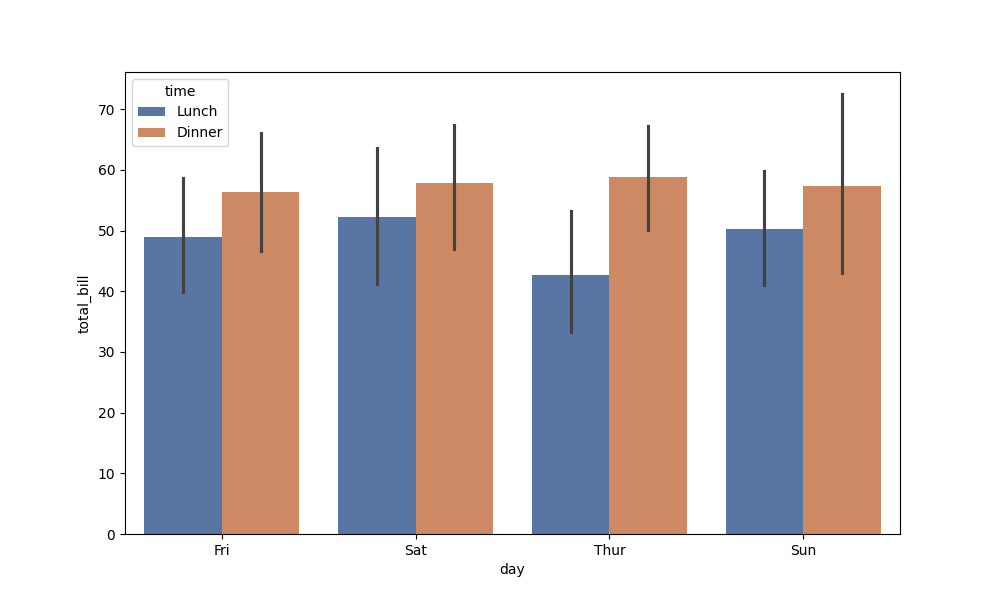
python, seaborn, barplot, hue='time', palette='deep', ci=95, orient='v'